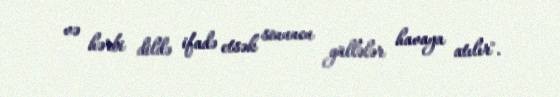
və hərbi dildə ifadə etsək sonuncu güllələr havaya atılır".